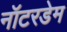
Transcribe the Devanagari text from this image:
नॉटरडेम